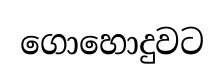
ගොහොදුවට